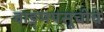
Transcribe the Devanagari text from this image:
वाङ्मयसूचीचे